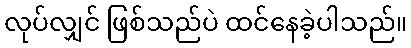
လုပ်လျှင် ဖြစ်သည်ပဲ ထင်နေခဲ့ပါသည်။